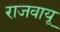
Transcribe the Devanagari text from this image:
राजवायू